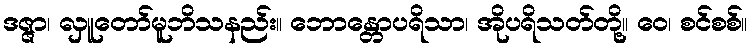
ဒဇ္ဇာ၊ လှူတော်မူဘိသနည်း။ ဘောန္တောပရိသာ၊ အိုပရိသတ်တို့။ ဝေ၊ စင်စစ်။